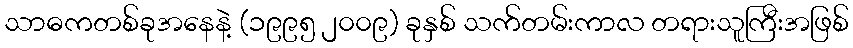
သာဓကတစ်ခုအနေနဲ့ (၁၉၉၅ ၂၀၀၉) ခုနှစ် သက်တမ်းကာလ တရားသူကြီးအဖြစ်